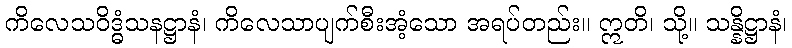
ကိလေသဝိဒ္ဓံသနဋ္ဌာနံ၊ ကိလေသာပျက်စီးအံ့သော အရပ်တည်း။ ဣတိ၊ သို့။ သန္နိဋ္ဌာနံ၊